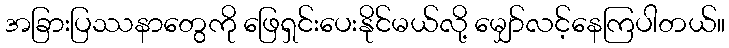
အခြားပြဿနာတွေကို ဖြေရှင်းပေးနိုင်မယ်လို့ မျှော်လင့်နေကြပါတယ်။